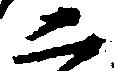
二